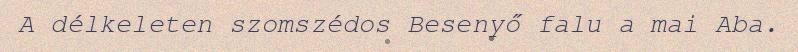
A délkeleten szomszédos Besenyő falu a mai Aba.